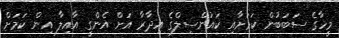
މީހާގެ ސަބަބުން ކަމަށާއި ކައުންސިލްގެ އިދާރާ އަށް އެންގީ އާއިލާ އިން ކަމަށް